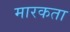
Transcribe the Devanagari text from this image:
मारकता